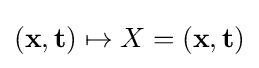
(\mathbf {x} ,\mathbf {t} )\mapsto X=(\mathbf {x} ,\mathbf {t} )